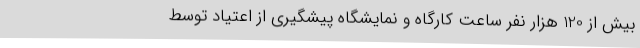
بیش از 120 هزار نفر ساعت کارگاه و نمایشگاه پیشگیری از اعتیاد توسط